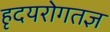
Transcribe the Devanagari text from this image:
हृदयरोगतज्ञ